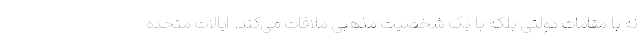
نه با مقامات دولتی بلکه با یک شخصیت مذهبی ملاقات می‌کند. ایالات متحده